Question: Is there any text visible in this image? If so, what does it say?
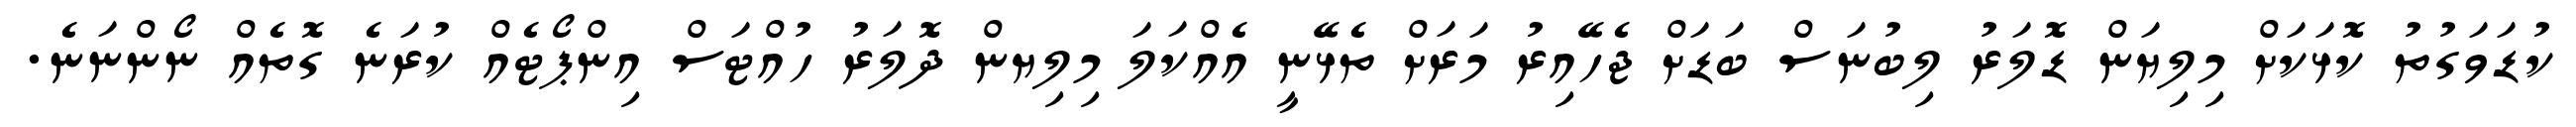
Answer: ކުޑަވަގުތު ކޮޅަކަށް މިލިޔަން ޑޮލަރު ލިބުނަސް ބަޑަށް ޖެހޭއިރު މަރަށް ތެޅޭނީ އެއްކަލަ މިލިޔން ދޮލަރު ހުއްޓަސް އިންޕޯޓެއް ކުރަނެ ގޮތެއް ނޯންނަނެ.